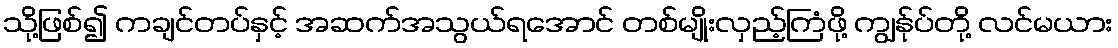
သို့ဖြစ်၍ ကချင်တပ်နှင့် အဆက်အသွယ်ရအောင် တစ်မျိုးလှည့်ကြံဖို့ ကျွန်ုပ်တို့ လင်မယား